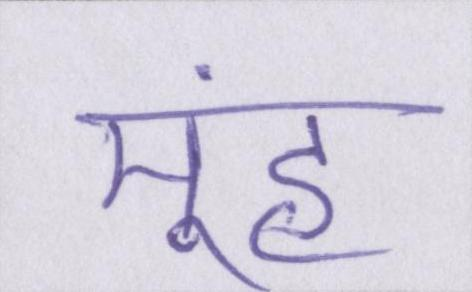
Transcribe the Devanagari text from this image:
मूंह